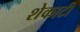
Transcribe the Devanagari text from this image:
शेकाटी